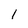
Character: 1